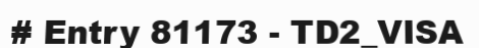
# Entry 81173 - TD2_VISA